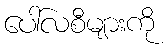
ပေါ်လစီများကို